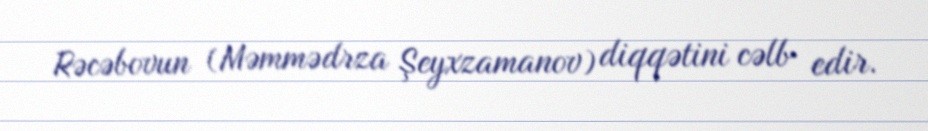
Rəcəbovun (Məmmədrza Şeyxzamanov) diqqətini cəlb edir.